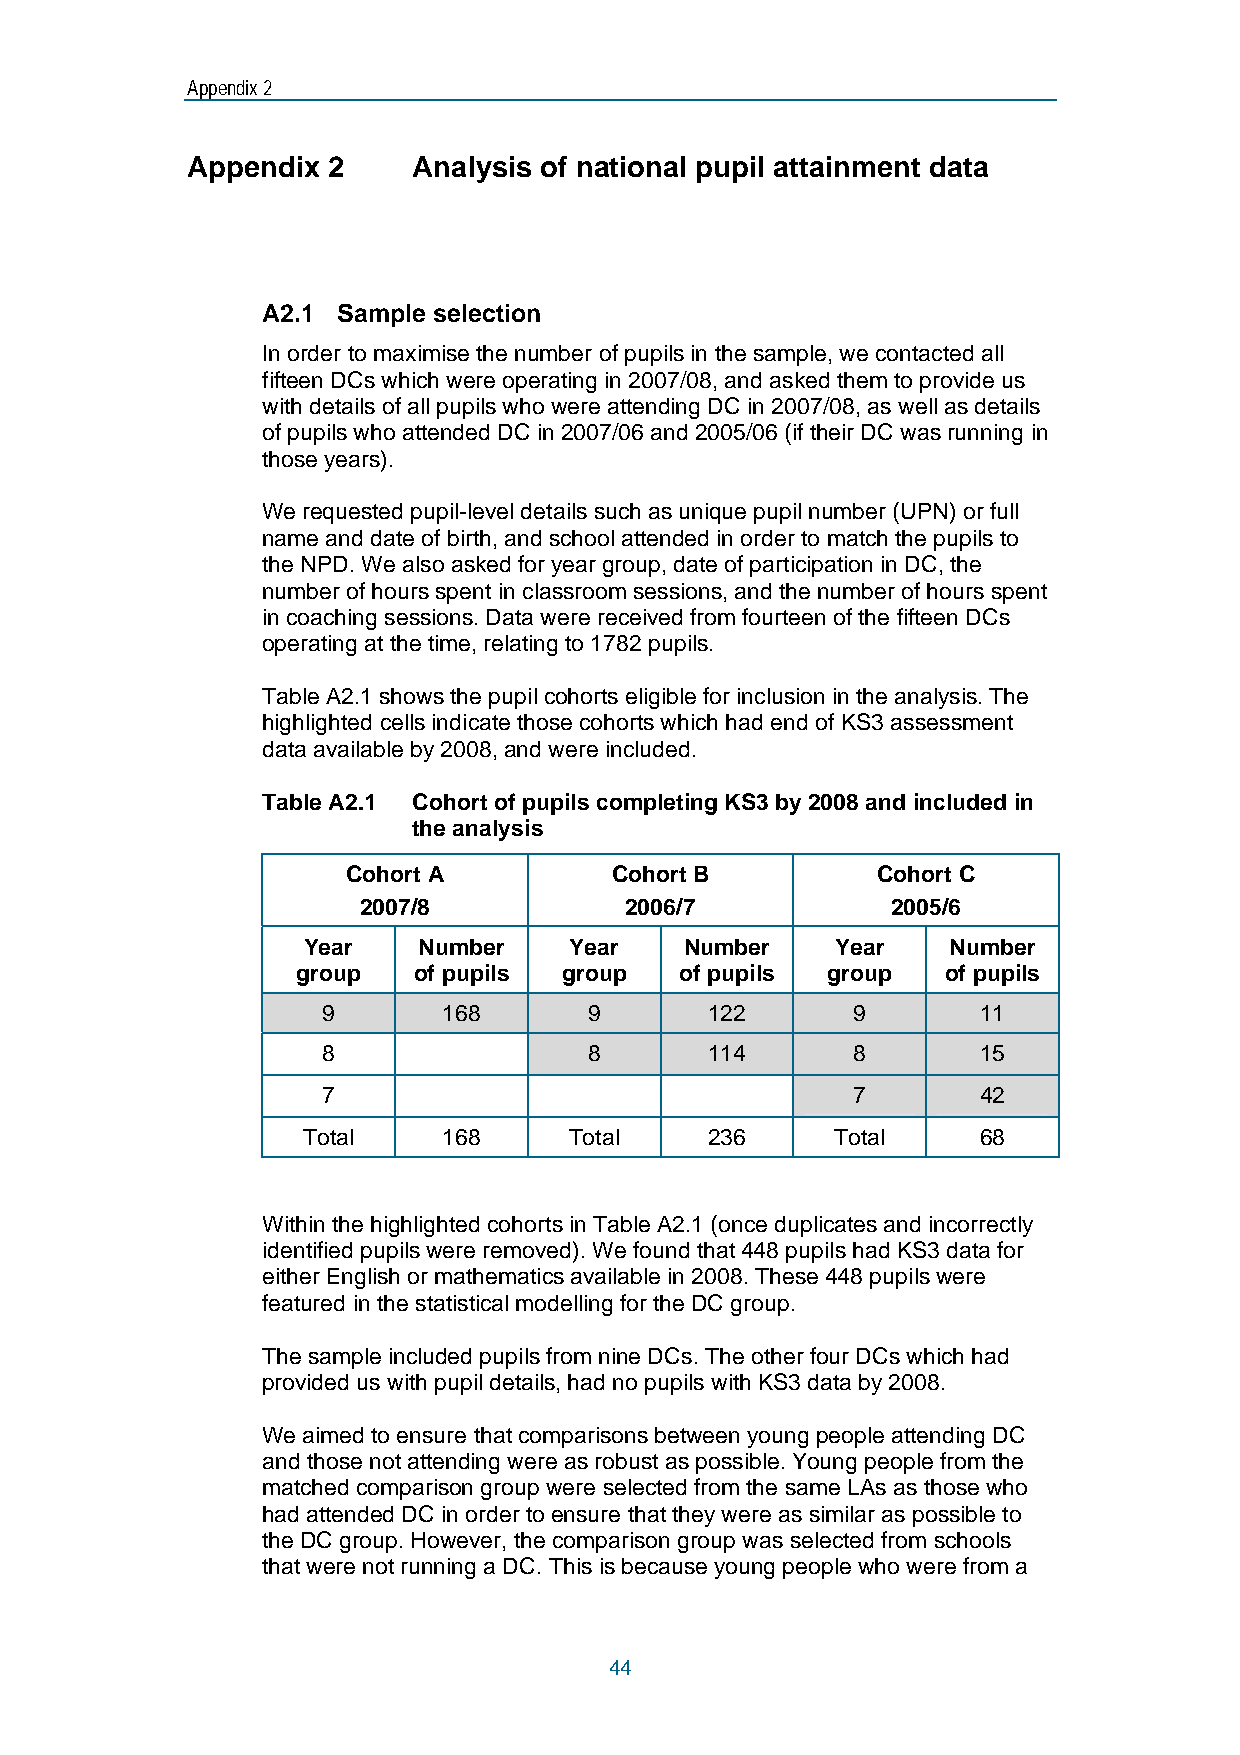
Appendix 2
 Appendix  2    Analysis of national pupil attainment data
 A2.1 Sample selection
 In order to maximise the number of pupils in the sample, we contacted all
 fifteen DCs which were operating in 2007/08, and asked them to provide us
 with details of all pupils who were attending DC in 2007/08, as well as details
 of pupils who attended DC in 2007/06 and 2005/06 (if their DC was running in
 those years).
 We requested pupil-level details such as unique pupil number (UPN) or full
 name and date of birth, and school attended in order to match the pupils to
 the NPD. We also asked for year group, date of participation in DC, the
 number of hours spent in classroom sessions, and the number of hours spent
 in coaching sessions. Data were received from fourteen of the fifteen DCs
 operating at the time, relating to 1782 pupils.
 Table A2.1 shows the pupil cohorts eligible for inclusion in the analysis. The
 highlighted cells indicate those cohorts which had end of KS3 assessment
 data available by 2008, and were included.
 Table A2.1 Cohort of pupils completing KS3 by 2008 and included in
 the analysis
 Cohort A         Cohort B          Cohort C
 2007/8           2006/7            2005/6
 Year    Number    Year   Number    Year    Number
 group  of pupils group   of pupils group   of pupils
 9       168       9       122      9        11
 8                 8       114      8        15
 7                                  7        42
 Total    168      Total    236     Total     68
 Within the highlighted cohorts in Table A2.1 (once duplicates and incorrectly
 identified pupils were removed). We found that 448 pupils had KS3 data for
 either English or mathematics available in 2008. These 448 pupils were
 featured in the statistical modelling for the DC group.
 The sample included pupils from nine DCs. The other four DCs which had
 provided us with pupil details, had no pupils with KS3 data by 2008.
 We aimed to ensure that comparisons between young people attending DC
 and those not attending were as robust as possible. Young people from the
 matched comparison group were selected from the same LAs as those who
 had attended DC in order to ensure that they were as similar as possible to
 the DC group. However, the comparison group was selected from schools
 that were not running a DC. This is because young people who were from a
 44